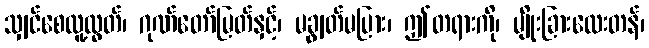
သျှင်စေလူ့ထွတ်၊ ဂုဏ်တော်မြတ်နှင့်၊ မချွတ်မပြား၊ ဤတရားကို၊ မျိုးခြားလေးတန်၊